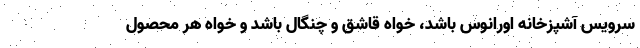
سرویس آشپزخانه اورانوس باشد، خواه قاشق و چنگال باشد و خواه هر محصول